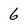
Character: 6